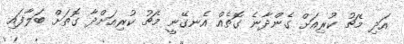
އަދި މެޗު ކުރިއަށް ގެންދާނެ ގޮތެއް އެނގޭނީ މެޗު ކުރިއަށްދާ ގޮތަށް ބަލާފައި